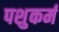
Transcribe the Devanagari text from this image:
पशुकर्म